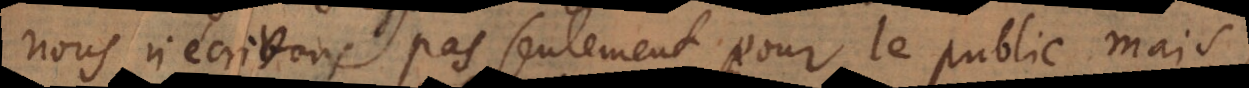
nous n’ecrivons pas seulement pour le public mais